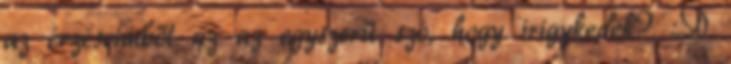
az érzéseimből az az egyszerű szó, hogy irigykedek? :D